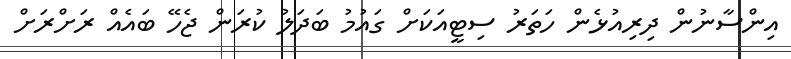
އިންސާނުން ދިރިއުޅެން ހަތަރު ސިޓީއަކަށް ގައުމު ބަދަލު ކުރަން ޖެހޭ ބައެއް ރަށްރަށް